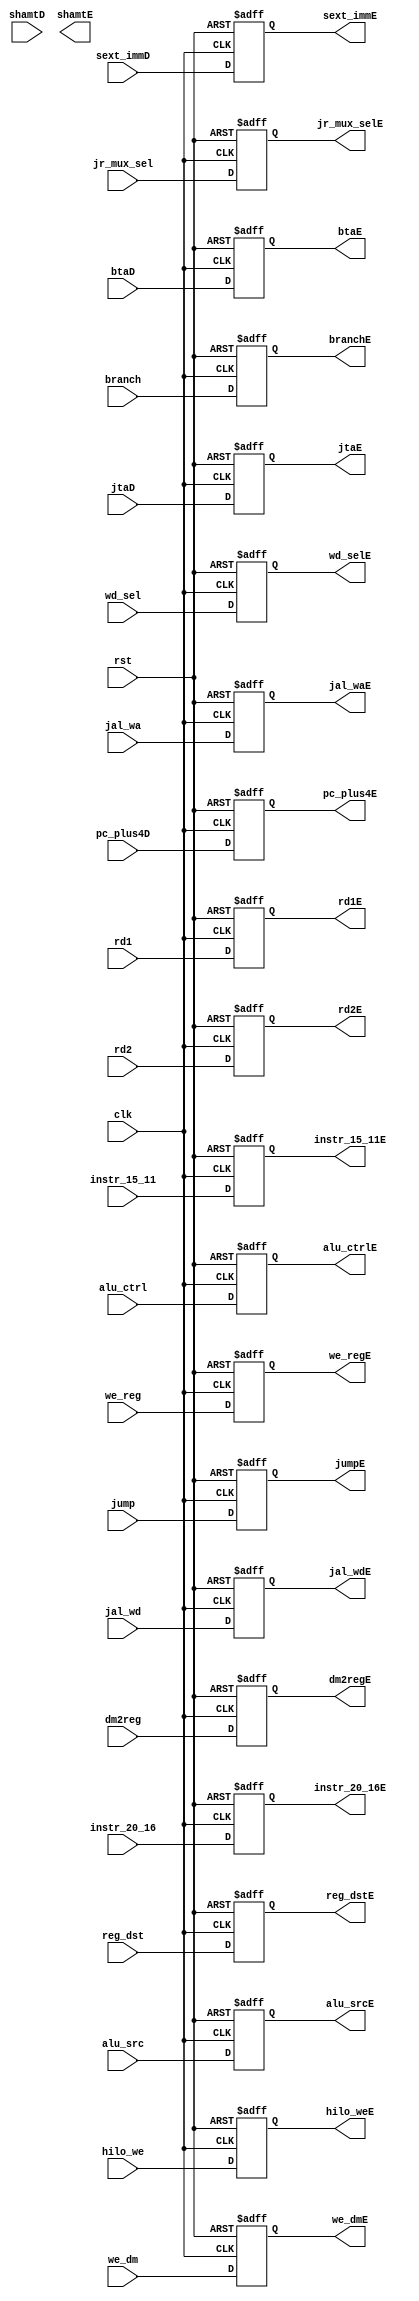

module d_e_stage_reg(
    input clk, rst,
    input hilo_we,
    input jump,
    input jr_mux_sel,
    input [1:0] wd_sel,
    input dm2reg,
    input we_dm,
    input branch,
    input [3:0] alu_ctrl,
    input alu_src,
    input reg_dst,
    input we_reg,
    input jal_wa,
    input jal_wd,
    input [31:0] rd1,
    input [31:0] rd2,
    input [4:0] shamtD,
    input [4:0] instr_20_16,
    input [4:0] instr_15_11,
    input [31:0] sext_immD,
    input [31:0] jtaD,
    input [31:0] pc_plus4D,
    input [31:0] btaD,

    output reg hilo_weE,
    output reg jumpE,
    output reg jr_mux_selE,
    output reg [1:0] wd_selE,
    output reg dm2regE,
    output reg we_dmE,
    output reg branchE,
    output reg [3:0]  alu_ctrlE,
    output reg alu_srcE,
    output reg reg_dstE,
    output reg we_regE,
    output reg jal_waE,
    output reg jal_wdE,
    output reg [31:0] rd1E,
    output reg [31:0] rd2E,
    output reg [4:0] shamtE,
    output reg  [4:0] instr_20_16E,
    output reg  [4:0] instr_15_11E,
    output reg [31:0] sext_immE,
    output reg [31:0] jtaE,
    output reg [31:0] pc_plus4E,
    output reg [31:0] btaE
    
    );
    always @ (posedge clk, posedge rst) begin
        if (rst) begin
            hilo_weE <= 0;
            jumpE <= 0;
            jr_mux_selE <= 0;
            wd_selE <= 0;
            dm2regE <= 0;
            we_dmE <= 0;
            branchE <= 0;
            alu_ctrlE <= 0;
            alu_srcE <= 0;
            reg_dstE <= 0;
            we_regE <= 0;
            jal_waE <= 0;
            jal_wdE <= 0;
            rd1E <= 0;
            rd2E <= 0;
            instr_20_16E <= 0;
            instr_15_11E <= 0;
            sext_immE <= 0;
            jtaE <= 0;
            pc_plus4E <= 0;
            btaE <= 0;
        end
        else begin
            hilo_weE <= hilo_we;
            jumpE <= jump;
            jr_mux_selE <= jr_mux_sel;
            wd_selE <= wd_sel;
            dm2regE <= dm2reg;
            we_dmE <= we_dm;
            branchE <= branch;
            alu_ctrlE <= alu_ctrl;
            alu_srcE <= alu_src;
            reg_dstE <= reg_dst;
            we_regE <= we_reg;
            jal_waE <= jal_wa;
            jal_wdE <= jal_wd;
            rd1E <= rd1;
            rd2E <= rd2;
            instr_20_16E <= instr_20_16;
            instr_15_11E <= instr_15_11;
            sext_immE <= sext_immD;
            jtaE <= jtaD;
            pc_plus4E <= pc_plus4D;
            btaE <= btaD;
        end
    end
endmodule